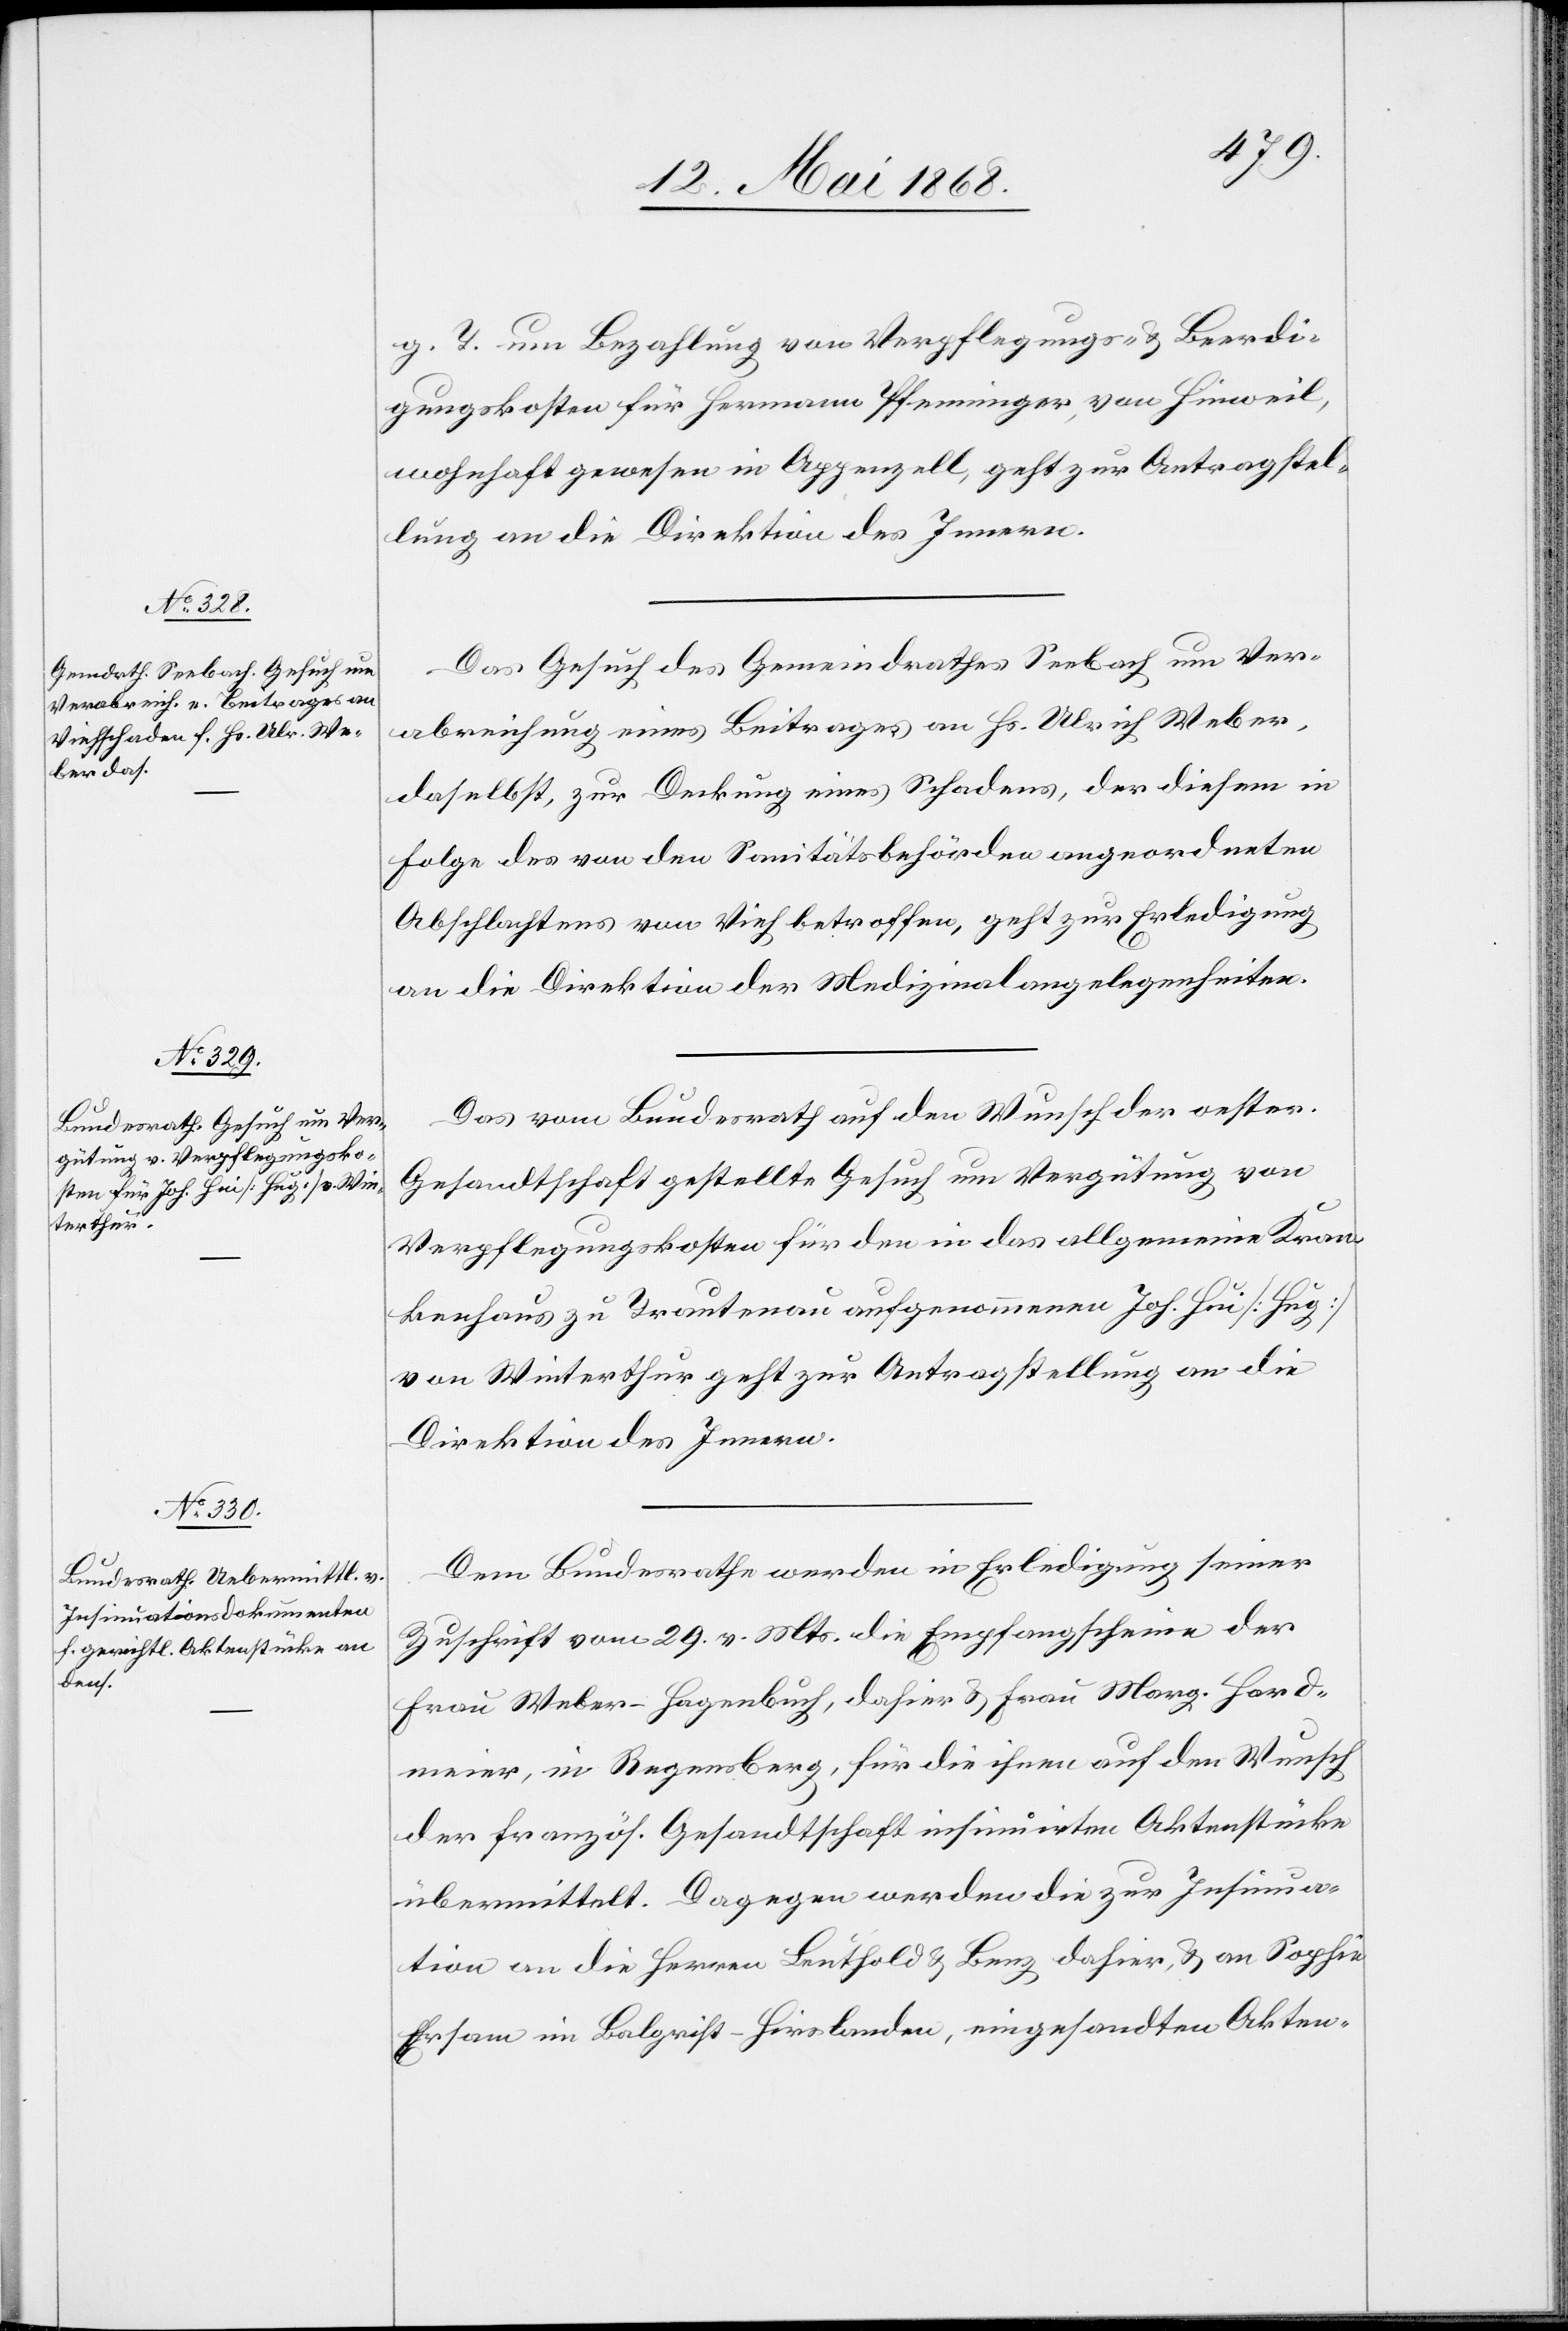
14.
Mai 1868.]
g. T. um Bezahlung von Verpflegungs- & Beerdi¬
gungskosten für Hermann Pfenninger, von Hinweil,
wohnhaft gewesen in Appenzell, geht zur Antragstel¬
lung an die Direktion des Innern.
Das Gesuch des Gemeindrathes Seebach um Ver¬
abreichung eines Beitrages an Hs. Ulrich Weber,
daselbst, zur Deckung eines Schadens, der diesem in
Folge des von den Sanitätsbehörden angeordneten
Abschlachtens von Vieh betroffen, geht zur Erledigung
an die Direktion der Medizinalangelegenheiten.
Das vom Bundesrath auf den Wunsch der oester.
Gesandtschaft gestellte Gesuch um Vergütung von
Verpflegungskosten für den in das allgemeine Kran¬
kenhaus zu Trautenau aufgenommenen Joh. Hui [Hug]
von Winterthur geht zur Antragstellung an die
Direktion des Innern.
Dem Bundesrathe werden in Erledigung seiner
Zuschrift vom 29. v. Mts. die Empfangscheine der
Frau Weber-Hagenbuch, dahier & Frau Marg. Hard¬
meier, in Regensberg, für die ihnen auf den Wunsch
der französ. Gesandtschaft insinuirten Aktenstücke
übermittelt. Dagegen werden die zur Insinua¬
tion an die Herren Leuthold & Benz dahier, & an Sophie
Ersam im Balgrist-Hirslanden, eingesandten Akten-